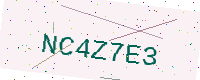
Text: NC4Z7E3